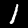
Label: 1